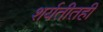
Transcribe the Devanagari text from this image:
शर्यतीतही